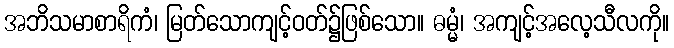
အဘိသမာစာရိကံ၊ မြတ်သောကျင့်ဝတ်၌ဖြစ်သော။ ဓမ္မံ၊ အကျင့်အလေ့သီလကို။